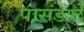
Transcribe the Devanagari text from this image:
पासंडाले